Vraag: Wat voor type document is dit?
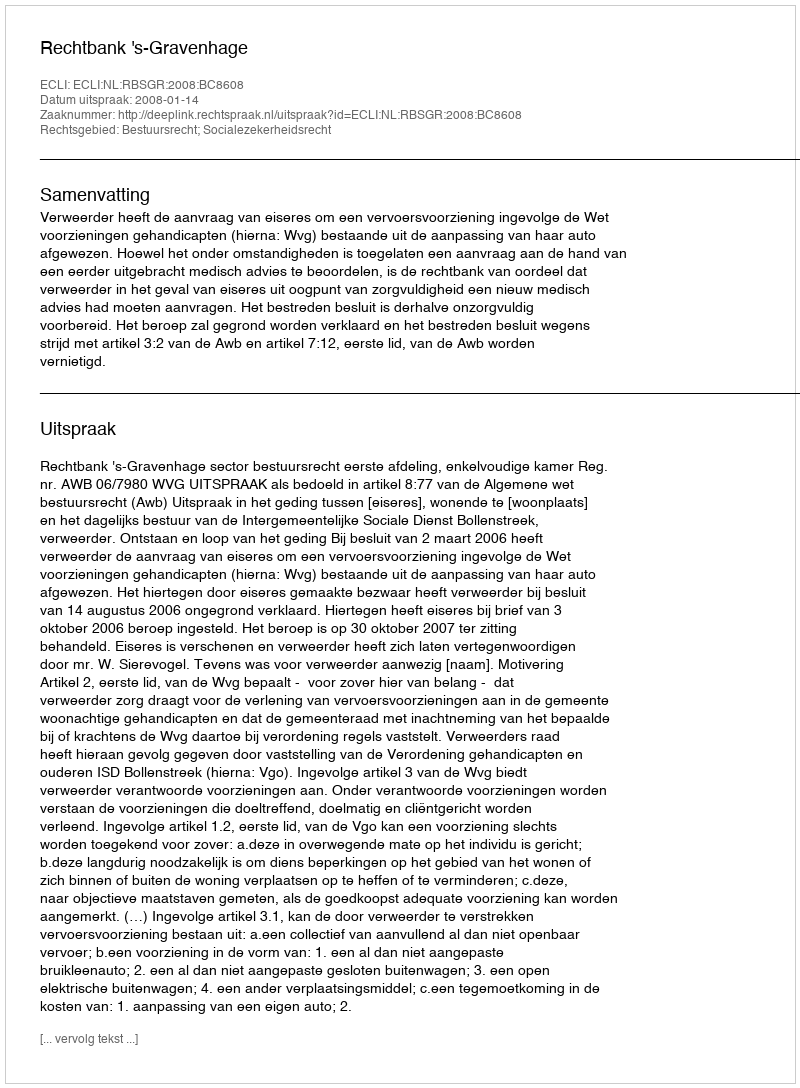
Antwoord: Uitspraak